Lunatic asylums Punjab 1895-1910 - 1895-1910
Year: 1895
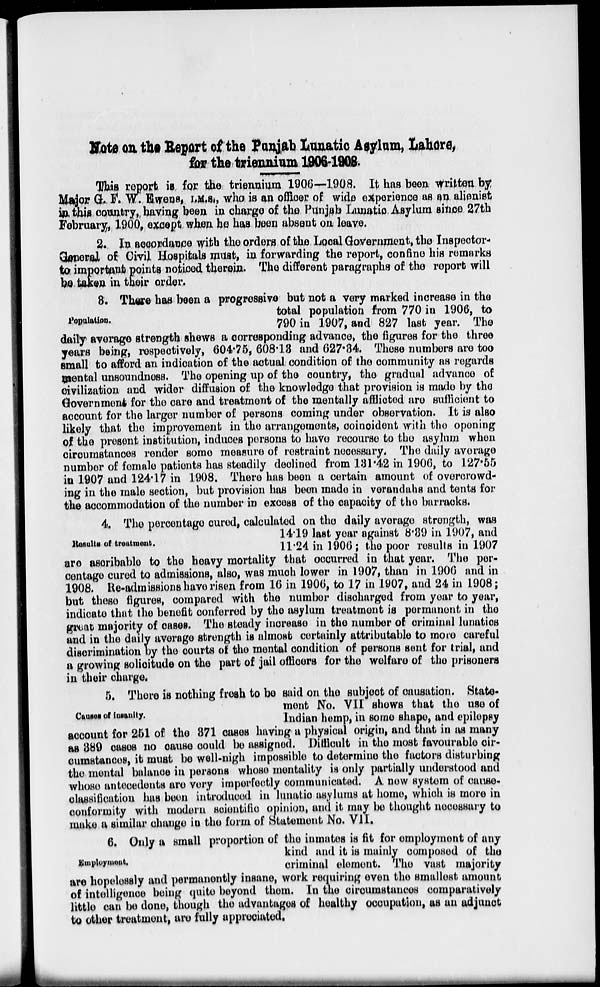
Note on the Report of the Punjab Lunatic Asylum, Lahore,
for the triennium 1906-1908.
This report is for the triennium 1906—1908. It has been written by
Major G. F. W. Ewens, I.M.S., who is an officer of wide experience as an alienist
in, this country, having been in charge of the Punjab Lunatic Asylum since 27th
February, 1900, except when he has been absent on leave.
2. In accordance with the orders of the Local Government, the Inspector-
General of Civil Hospitals must, in forwarding the report, confine his remarks
to important points noticed therein. The different paragraphs of the report will
be taken in their order.
Population.
3. There has been a progressive but not a very marked increase in the
total population from 770 in 1906, to
790 in 1907, and 827 last year. The
daily average strength shows a corresponding advance, the figures for the three
years being, respectively, 604.75, 608.18 and 627.34. These numbers are too
small to afford an indication of the actual condition of the community as regards
mental unsoundness. The opening up of the country, the gradual advance of
civilization and wider diffusion of the knowledge that provision is made by the
Government for the care and treatment of the mentally afflicted are sufficient to
account for the larger number of persons coming under observation. It is also
likely that the improvement in the arrangements, coincident with the opening
of the present institution, induces persons to have recourse to the asylum when
circumstances render some measure of restraint necessary. The daily average
number of female patients has steadily declined from 131.42 in 1906, to 127.55
in 1907 and 124.17 in 1908. There has been a certain amount of overcrowd-
ing in the male section, but provision has been made in verandahs and tents for
the accommodation of the number in excess of the capacity of the barracks.
Results of treatment.
4. The percentage cured, calculated on the daily average strength, was
14.19 last year against 8.89 in 1907, and
11.24 in 1906 ; the poor results in 1907
are ascribable to the heavy mortality that occurred in that year. The per-
centage cured to admissions, also, was much lower in 1907, than in 1906 and in
1908. Re-admissions have risen from 16 in 1906, to 17 in 1907, and 24 in 1908;
but these figures, compared with the number discharged from year to year,
indicate that the benefit conferred by the asylum treatment is permanent in the
great majority of cases. The steady increase in the number of criminal lunatics
and in the daily average strength is almost certainly attributable to more careful
discrimination by the courts of the mental condition of persons sent for trial, and
a growing solicitude on the part of jail officers for the welfare of the prisoners
in their charge.
Causes of insanlty.
5. There is nothing fresh to be said on the subject of causation. State-
ment No. VII shows that the use of
Indian hemp, in some shape, and epilepsy
account for 251 of the 371 cases having a physical origin, and that in as many
as 389 cases no cause could be assigned. Difficult in the most favourable cir-
cumstances, it must be well-nigh impossible to determine the factors disturbing
the mental balance in persons whose mentality is only partially understood and
whose antecedents are very imperfectly communicated. A new system of cause-
classification has been introduced in lunatic asylums at home, which is more in
conformity with modern scientific opinion, and it may be thought necessary to
make a similar change in the form of Statement No. VII.
Employment.
6. Only a small proportion of the inmates is fit for employment of any
kind and it is mainly composed of the
criminal element. The vast majority
are hopelessly and permanently insane, work requiring even the smallest amount
of intelligence being quite beyond them. In the circumstances comparatively
little can be done, though the advantages of healthy occupation, as an adjunct
to other treatment, are fully appreciated.